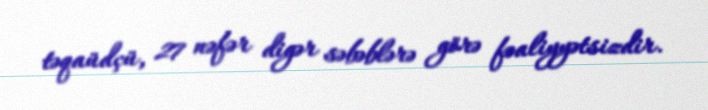
təqaüdçü, 27 nəfər digər səbəblərə görə fəaliyyətsizdir.